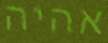
אהיה